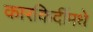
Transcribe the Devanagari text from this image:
कारकिर्दीमधे